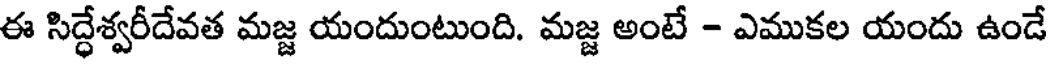
ఈ సిద్ధేశ్వరీదేవత మజ్జ యందుంటుంది. మజ్జ అంటే - ఎముకల యందు ఉండే